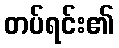
တပ်ရင်း၏